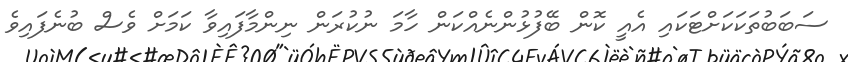
ސަބަބުތަކަކަށްޓަކައި އެއީ ކޮން ބޭފުޅުންނެއްކަން ހާމަ ނުކުރަން ނިންމާފައިވާ ކަމަށް ވެސް ބުނެފައިވެ